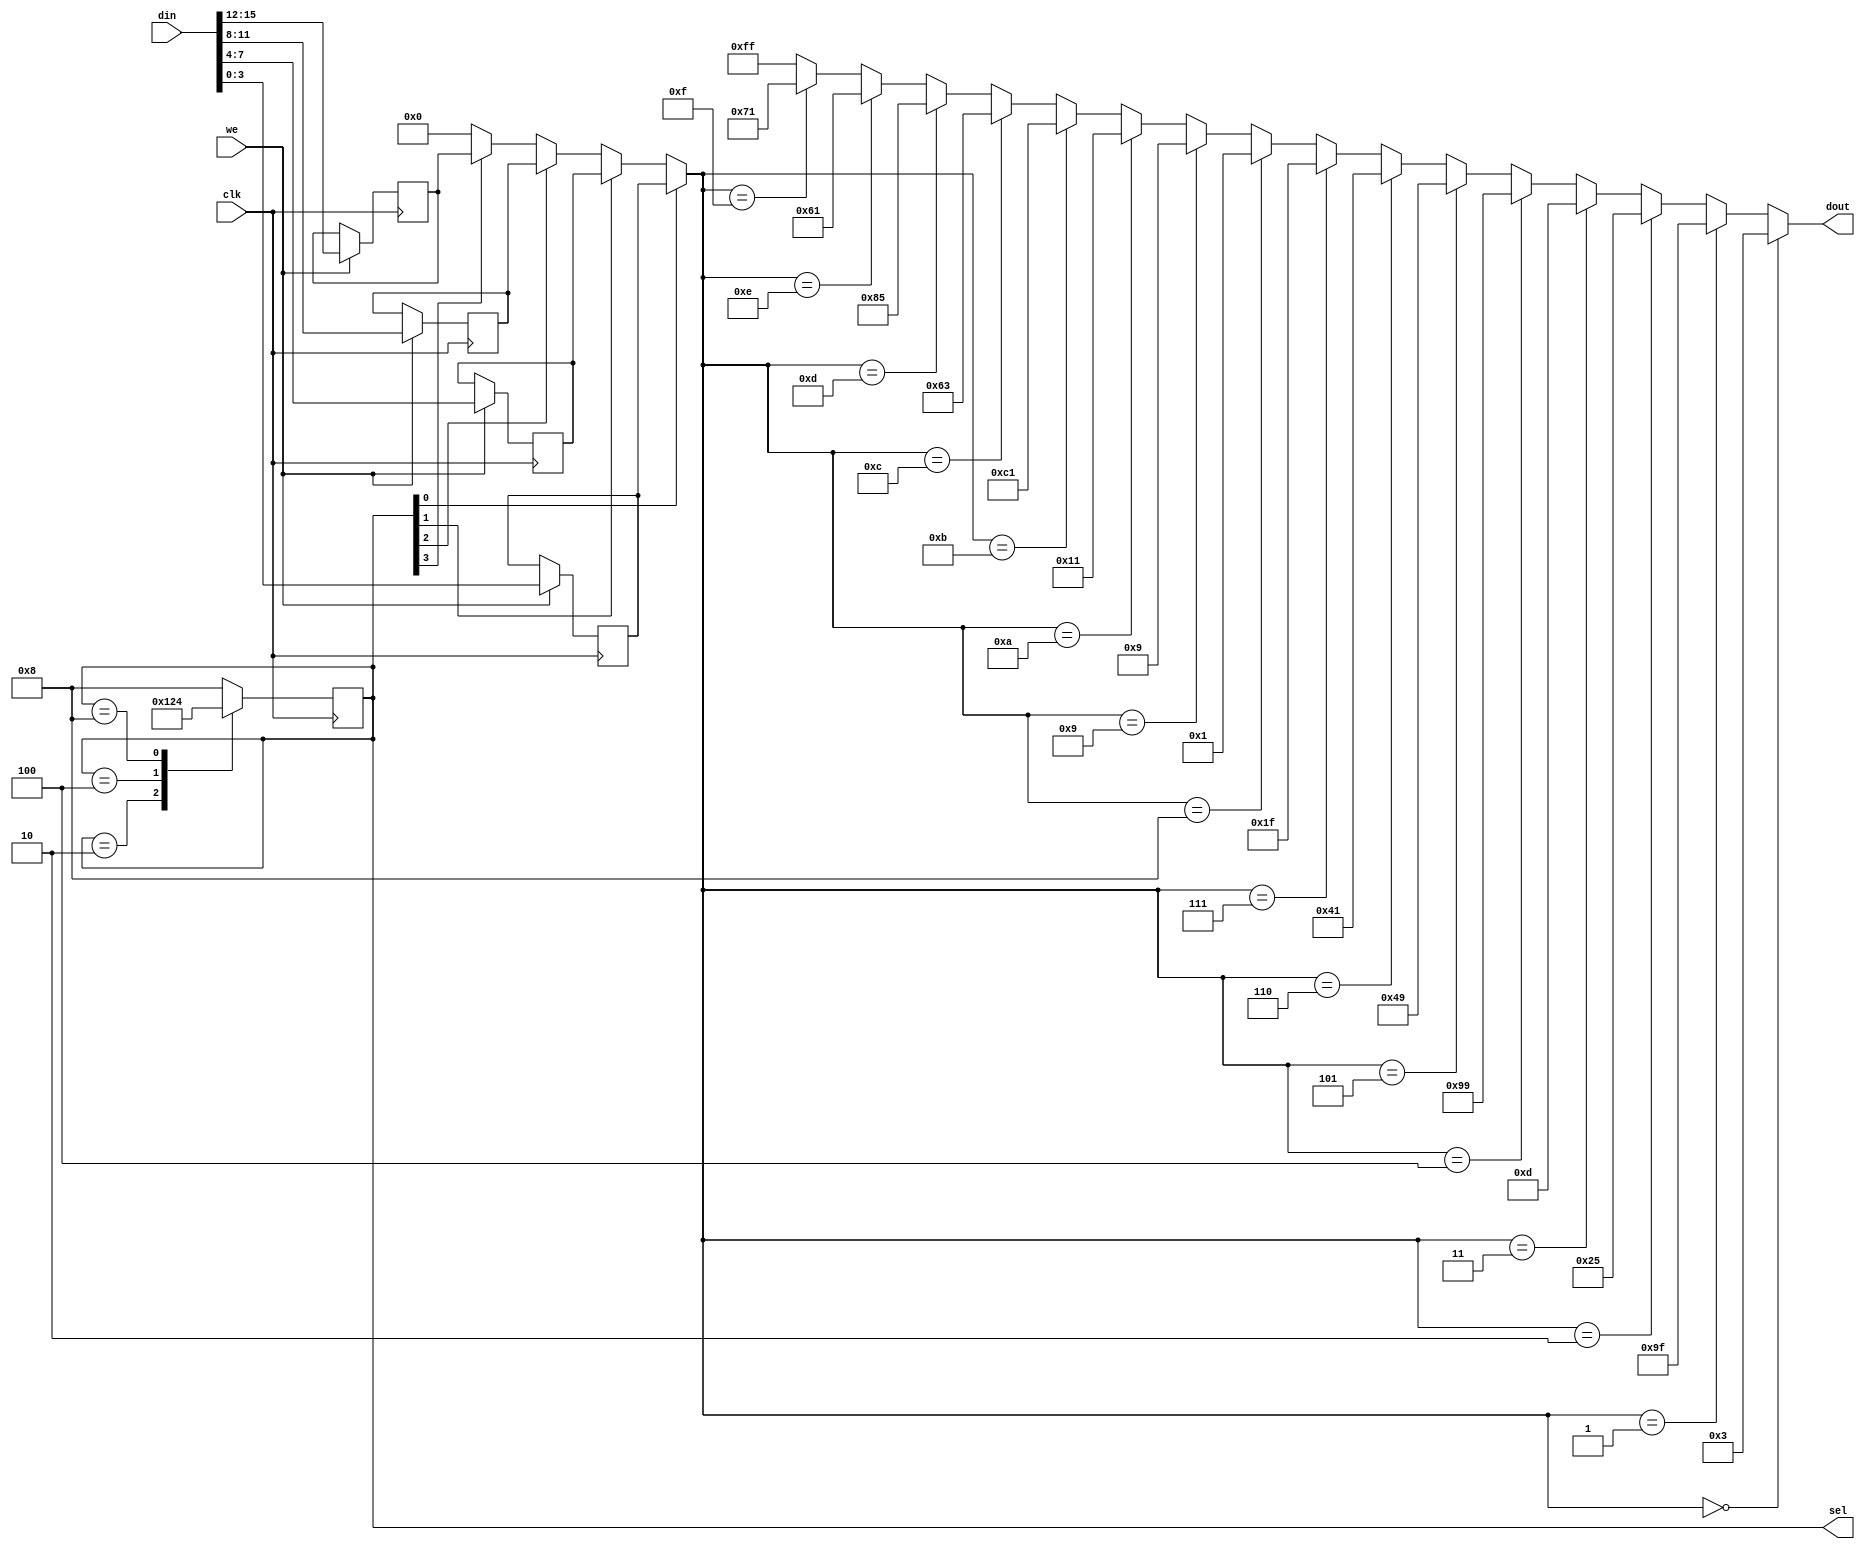

module DigiNumber(clk, din, we, sel, dout);
    input clk;
	input [15:0] din;
	input we;
	output [4:1] sel;
	output [7:0] dout;
	
	reg [3:0] inner_d [3:0];
	reg [4:1] sel;
	
	wire [3:0] now_num;
	
	assign now_num = (sel[1]) ? inner_d[0] :
				(sel[2]) ? inner_d[1] :
				(sel[3]) ? inner_d[2] :
				(sel[4]) ? inner_d[3] :
				4'b0;
	
	assign dout = (now_num == 4'h0) ? ~(8'b11111100) :
					(now_num == 4'h1) ? ~(8'b01100000):
					(now_num == 4'h2) ? ~(8'b11011010):
					(now_num == 4'h3) ? ~(8'b11110010):
					(now_num == 4'h4) ? ~(8'b01100110):
					(now_num == 4'h5) ? ~(8'b10110110):
					(now_num == 4'h6) ? ~(8'b10111110):
					(now_num == 4'h7) ? ~(8'b11100000):
					(now_num == 4'h8) ? ~(8'b11111110):
					(now_num == 4'h9) ? ~(8'b11110110):
					(now_num == 4'hA) ? ~(8'b11101110):
					(now_num == 4'hB) ? ~(8'b00111110):
					(now_num == 4'hC) ? ~(8'b10011100):
					(now_num == 4'hD) ? ~(8'b01111010):
					(now_num == 4'hE) ? ~(8'b10011110):
					(now_num == 4'hF) ? ~(8'b10001110):
					8'b11111111;
	
	
	always@(posedge clk)
	begin
	    case(sel)
		    4'b0001: sel<=4'b1000;
			4'b0010: sel<=4'b0001;
			4'b0100: sel<=4'b0010;
			4'b1000: sel<=4'b0100;
			default: sel<=4'b1000;
		endcase
		
		if(we)
		begin
		    inner_d[3] <= din[15:12];
			inner_d[2] <= din[11:8];
			inner_d[1] <= din[7:4];
			inner_d[0] <= din[3:0];
		end 
		
		
	end
endmodule